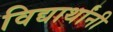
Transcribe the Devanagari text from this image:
विद्यार्थांनी